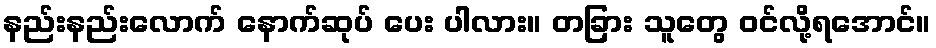
နည်းနည်းလောက် နောက်ဆုပ် ပေး ပါလား။ တခြား သူတွေ ဝင်လို့ရအောင်။